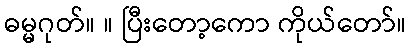
ဓမ္မဂုတ်။ ။ ပြီးတော့ကော ကိုယ်တော်။